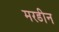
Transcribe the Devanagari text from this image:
मरडीन